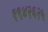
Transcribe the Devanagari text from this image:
१९४२६२५